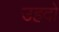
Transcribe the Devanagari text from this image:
उहदों